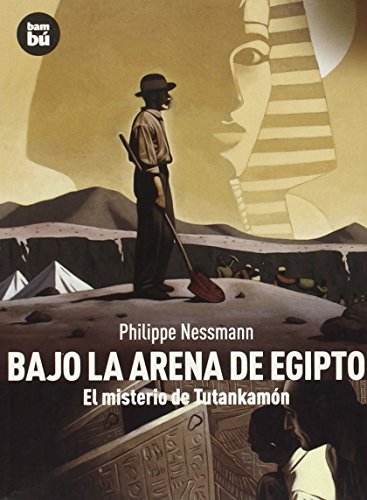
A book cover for Bajo la arena de Egipto: El misterio de Tutankamon (Descubridores del mundo) (Spanish Edition); Philippe Nessmann; Teen & Young Adult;